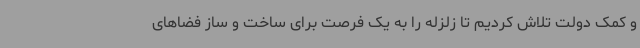
و کمک دولت تلاش کردیم تا زلزله را به یک فرصت برای ساخت و ساز فضاهای